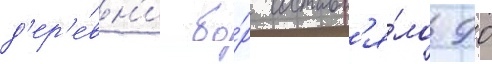
д'ер'е́вн'и бо́р составл'я́ло 90